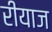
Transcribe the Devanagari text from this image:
रीयाज